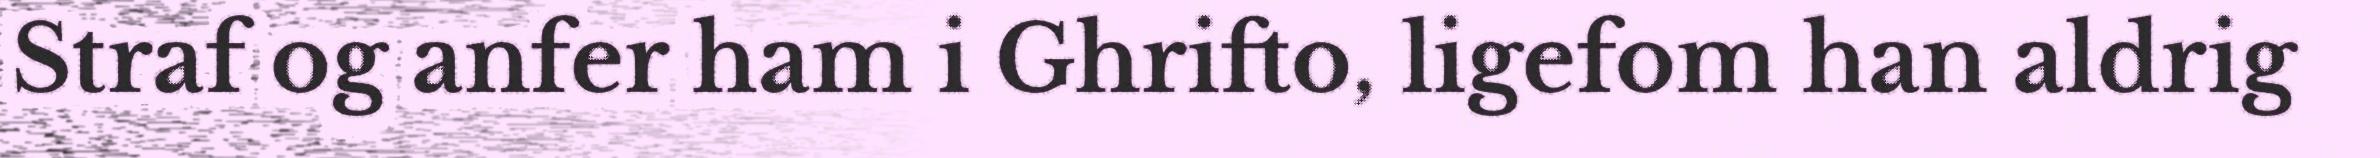
Straf og anfer ham i Ghrifto, ligefom han aldrig